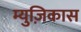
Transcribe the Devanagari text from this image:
म्युज़िकास